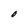
Character: 0